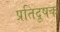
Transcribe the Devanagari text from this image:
प्रतिदूषक